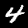
Digit: 4